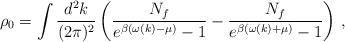
LaTeX: \begin{align*}\rho_0= \int \frac{d^2k}{(2\pi)^2}\left(\frac{N_f}{e^{\beta(\omega(k)-\mu)}-1}-\frac{N_f}{e^{\beta(\omega(k)+\mu)}-1}\right) \,,\end{align*}